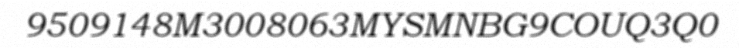
9509148M3008063MYSMNBG9COUQ3Q0